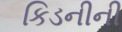
કિડનીની